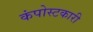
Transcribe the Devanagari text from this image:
कंपोस्टकारी